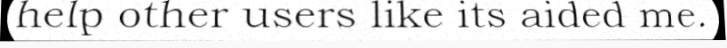
help other users like its aided me.